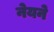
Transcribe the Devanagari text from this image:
नेयने